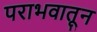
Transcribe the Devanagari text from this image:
पराभवातून